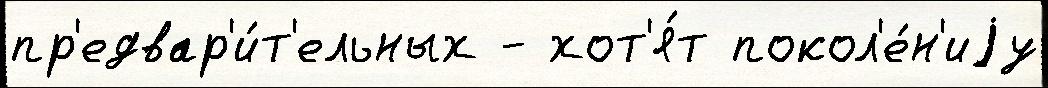
пр'едвар'и́т'ельных - хот'я́т покол'е́н'иjу